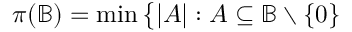
\pi ( { \mathbb { B } } ) = \operatorname* { m i n } { \big \{ } | A | : A \subseteq { \mathbb { B } } \setminus \{ 0 \}